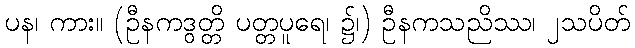
ပန၊ ကား။ (ဦနကဒွတ္တိ ပတ္တပူရေ၊ ၌၊) ဦနကသညိဿ၊ ၂သပိတ်